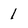
Character: 1